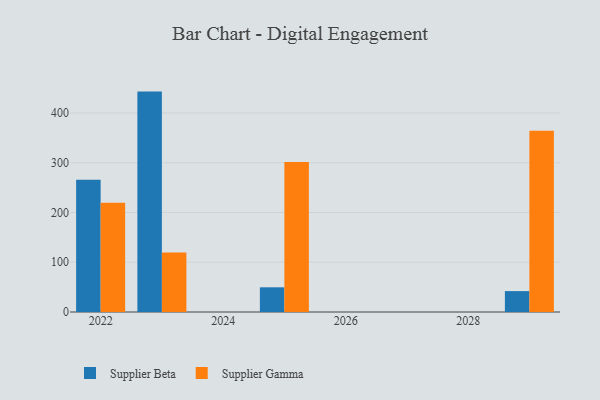
{"axis": {"x": "Year", "y": "Energy Usage (MWh)"}, "legend": ["Supplier Beta", "Supplier Gamma"], "data": [{"x": "2022", "y": 266.0, "type": "Supplier Beta"}, {"x": "2022", "y": 219.4, "type": "Supplier Gamma"}, {"x": "2025", "y": 49.6, "type": "Supplier Beta"}, {"x": "2025", "y": 301.7, "type": "Supplier Gamma"}, {"x": "2029", "y": 42.0, "type": "Supplier Beta"}, {"x": "2029", "y": 364.2, "type": "Supplier Gamma"}, {"x": "2023", "y": 443.0, "type": "Supplier Beta"}, {"x": "2023", "y": 119.5, "type": "Supplier Gamma"}]}